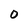
Character: 0